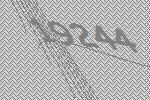
19244